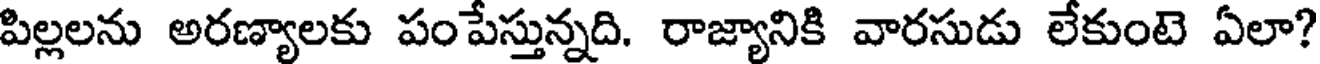
పిల్లలను అరణ్యాలకు పంపేస్తున్నది. రాజ్యానికి వారసుడు లేకుంటె ఏలా?